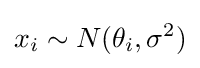
x_{i}\sim N(\theta _{i},\sigma ^{2})